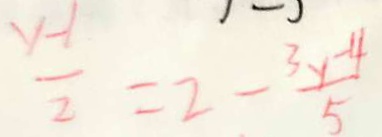
\frac { y - 1 } { 2 } = 2 - \frac { 3 y - 4 } { 5 }